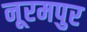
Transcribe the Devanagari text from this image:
नूरमपुर